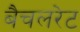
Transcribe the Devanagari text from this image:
बैचलरेट